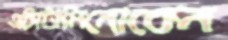
এসিটামিনোকেন